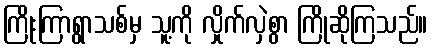
ကြိုးကြာရွာသစ်မှ သူ့ကို လှိုက်လှဲစွာ ကြိုဆိုကြသည်။